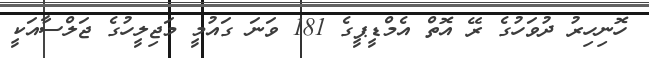
ހޮނިހިރު ދުވަހުގެ ރޭ އޮތް އެމްޑީޕީގެ 181 ވަނަ ގައުމީ މަޖިލީހުގެ ޖަލްސާއަކީ